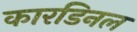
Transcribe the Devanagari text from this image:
कारडिनल